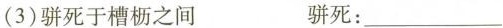
(3)骈死于槽枥之间 骈死：___